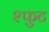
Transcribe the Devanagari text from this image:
श्फुट